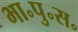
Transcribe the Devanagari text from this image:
भा॰पु॰स॰